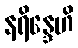
နရိန္ဒေဟိ